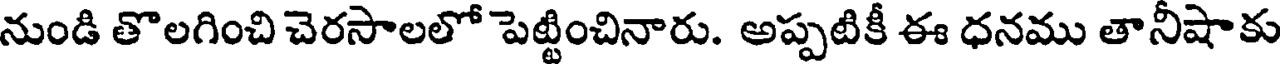
నుండి తొలగించి చెరసాలలో పెట్టించినారు. అప్పటికీ ఈ ధనము తానీషాకు